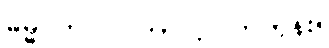
ဓမ္မဂုတ်။ ။ ဘာလုပ်ကြတုန်း။